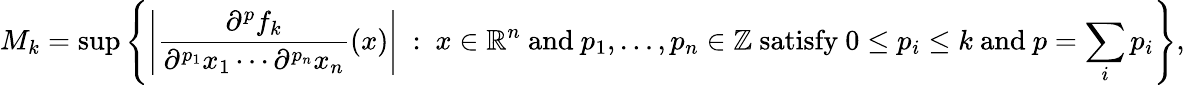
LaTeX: M_{k}=\operatorname*{sup}\left\{ \left|{\frac{\partial^{p}f_{k}}{\partial^{p_{1}}x_{1}\cdots\partial^{p_{n}}x_{n}}}(x)\right|~:~x\in\mathbb{R}^{n}{\mathrm{~and~}}p_{1},\ldots,p_{n}\in\mathbb{Z}{\mathrm{~satisfy~}}0\leq p_{i}\leq k{\mathrm{~and~}}p=\sum_{i}p_{i}\right\} ,